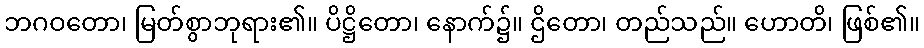
ဘဂဝတော၊ မြတ်စွာဘုရား၏။ ပိဋ္ဌိတော၊ နောက်၌။ ဌိတော၊ တည်သည်။ ဟောတိ၊ ဖြစ်၏။